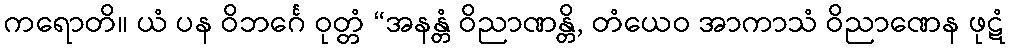
ကရောတိ။ ယံ ပန ဝိဘင်္ဂေ ဝုတ္တံ “အနန္တံ ဝိညာဏန္တိ, တံယေဝ အာကာသံ ဝိညာဏေန ဖုဋံ